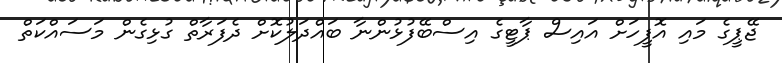
ޖޭޕީގެ މައި އޮފީހަށް އައިސް ޕާޓީގެ އިސްބޭފުޅުންނާ ބައްދަލުކޮށް ދެފަރާތް ގުޅިގެން މަސައްކަތް